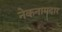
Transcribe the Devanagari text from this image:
नेकनामदार